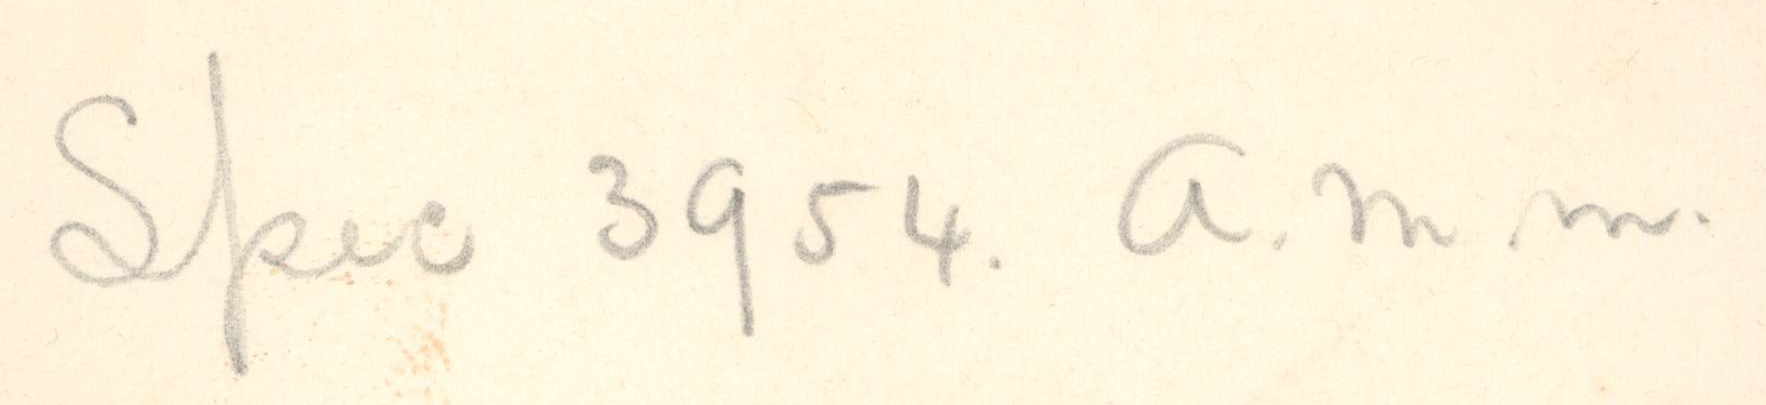
Skic 3954. a.m.m.